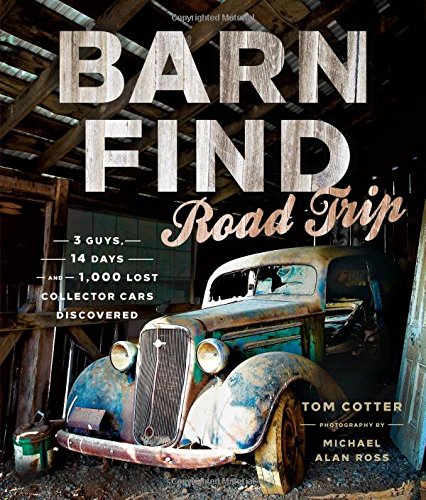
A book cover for Barn Find Road Trip: 3 Guys, 14 Days and 1000 Lost Collector Cars Discovered; Tom Cotter; Engineering & Transportation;